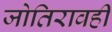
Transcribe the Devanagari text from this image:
जोतिरावही